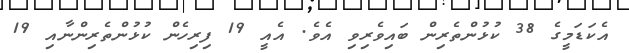
އެކަޑަމީގެ 38 ކުޅުންތެރިން ބައިވެރިވި އެވެ. އެއީ 19 ފިރިހެން ކުޅުންތެރިންނާއި 19